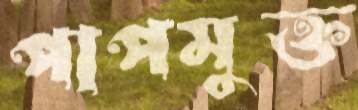
পাপমুক্ত